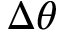
\Delta \theta